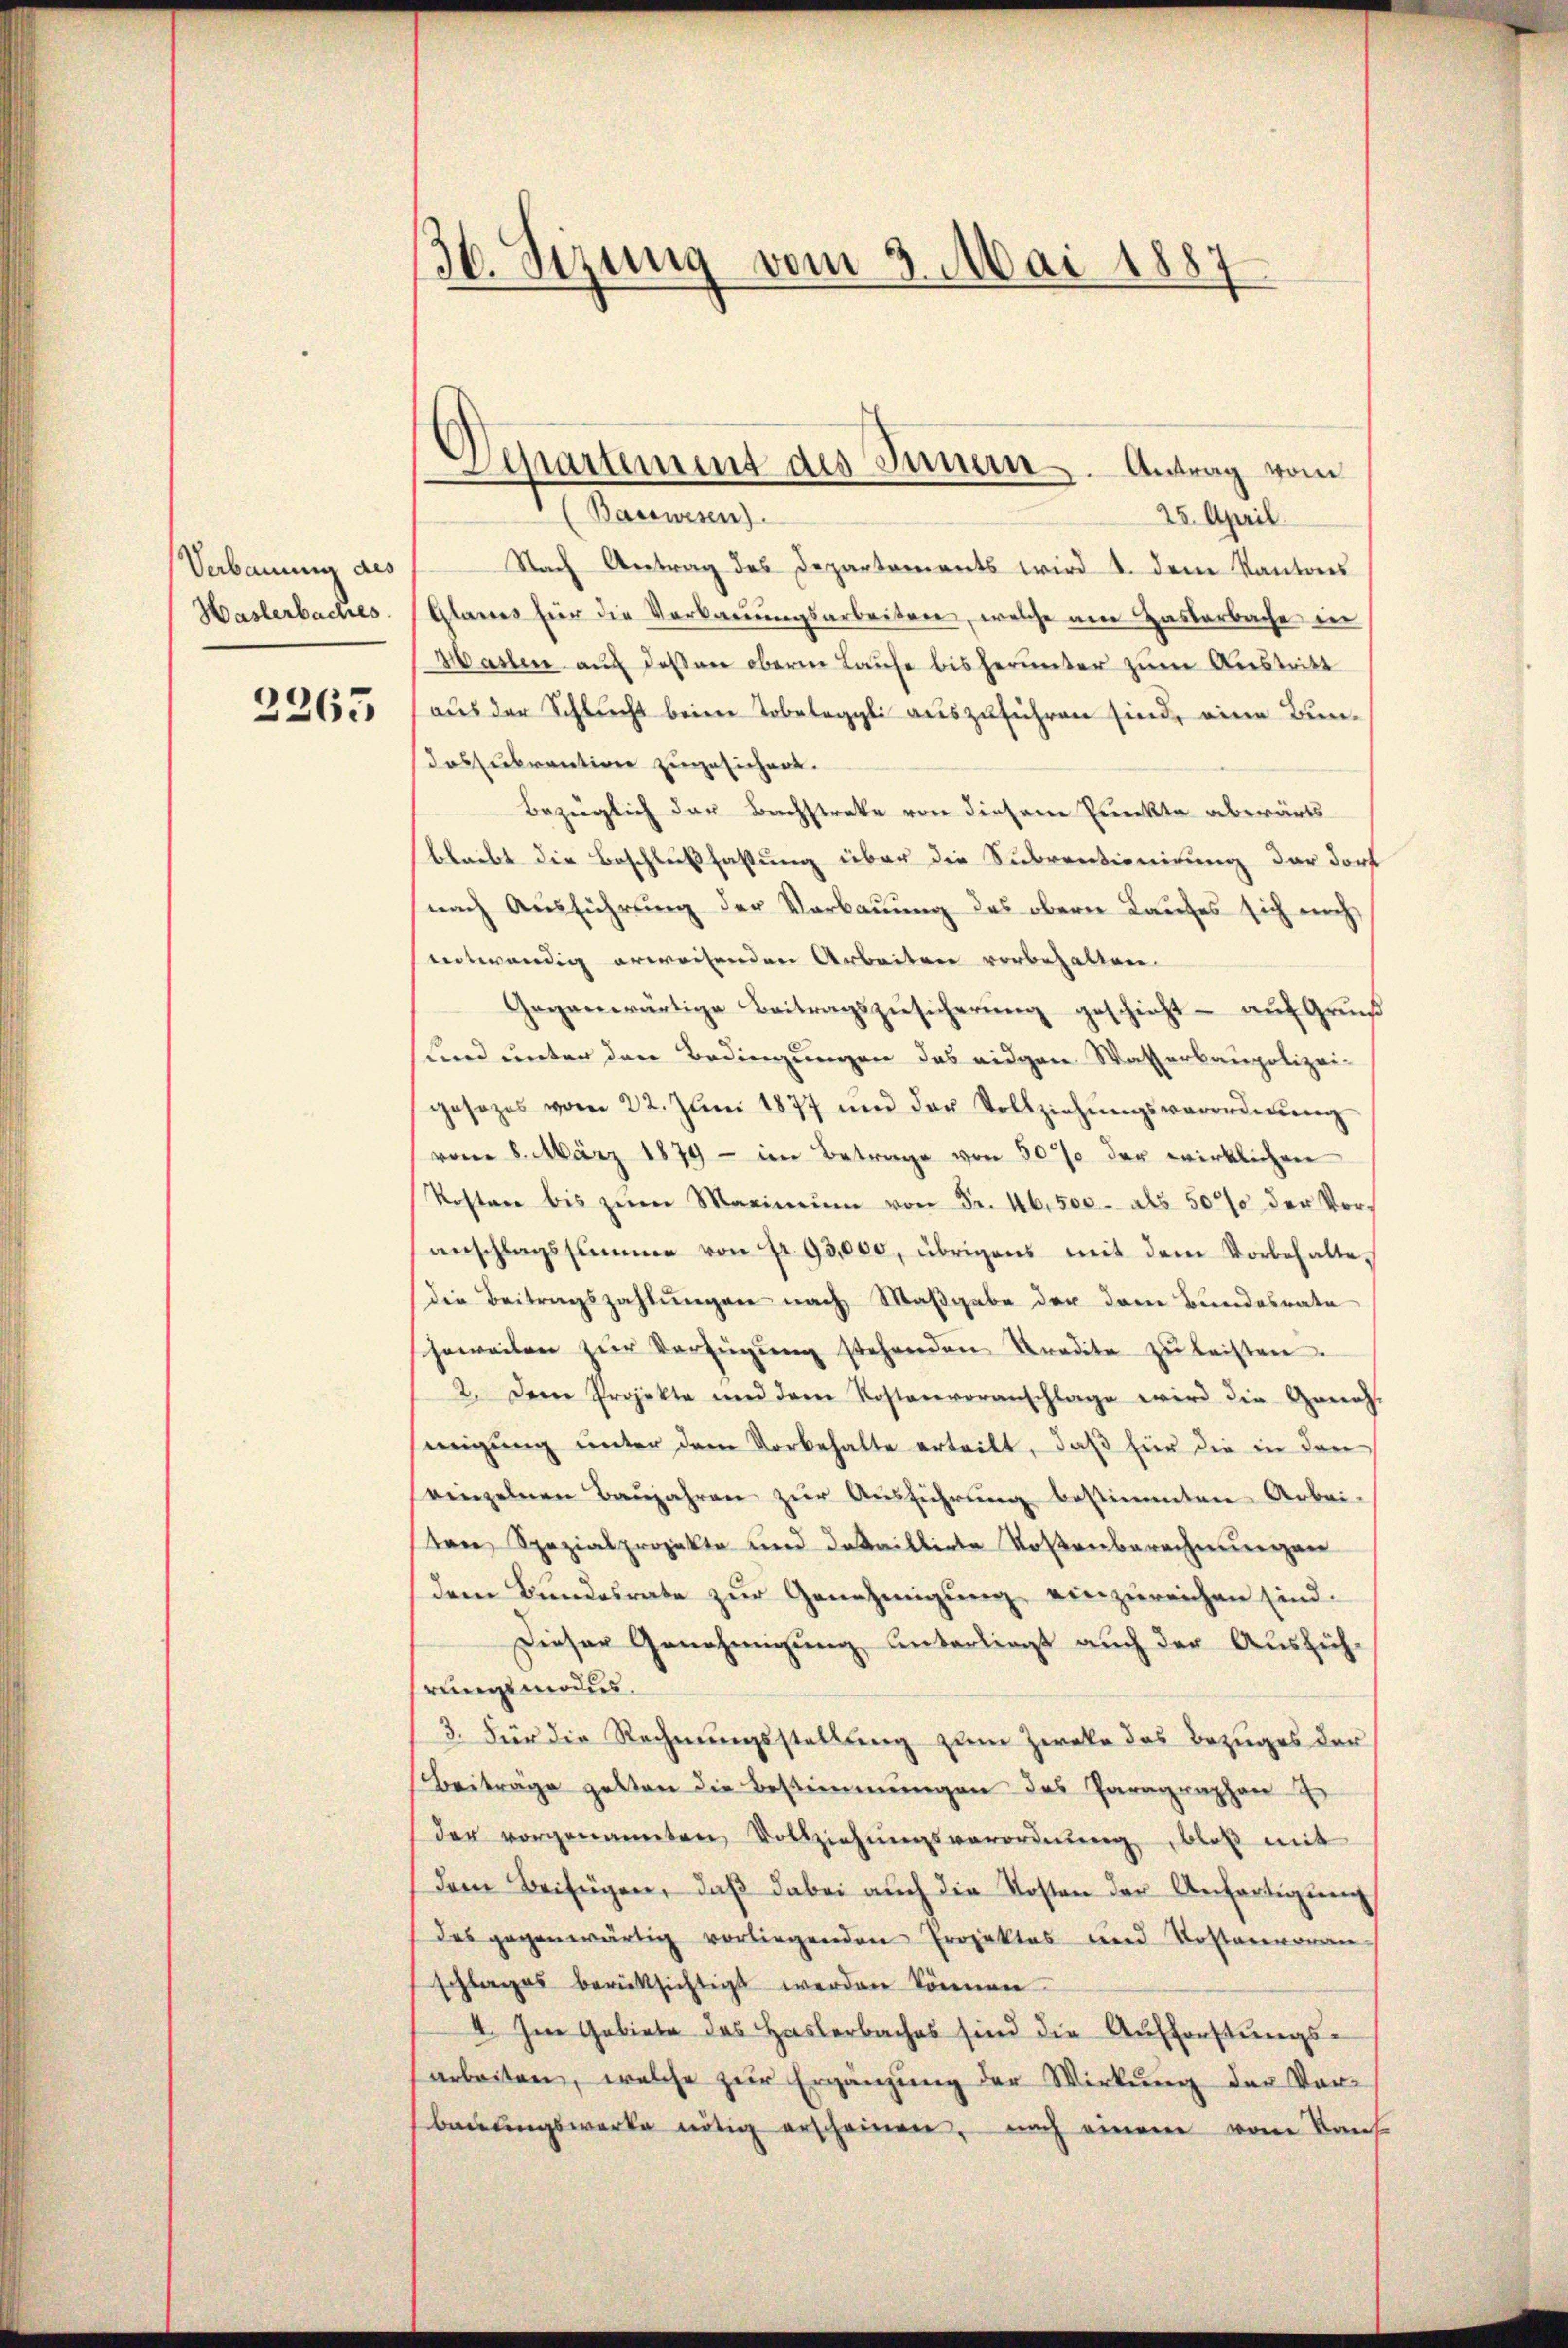
Verbauung des
Haslerbaches
e

2263

36. Sizung vom 3. Mai 1887

Departement des Innern. Antrag vom

(Basswesen)
25. April.
Nach Antrag des Departements wird u. dem Kantons
Glarus für die Verkaŭŭngsarbeiten, welche am Zastarbache in
Maslen auf deßner obern Laufe bis herunter zum Austritt
aus der Schlucht beim Tobeleggli auszuführen sind, eine Bundossubvention zugesichert.
Bezüglich der Bachstreke von diesem Punkte abwärts
bleibt die Beschlußfassung über die Subventionirung der Dorf
nach Ausführung der Verbauung des obern Laufes sich meh
entwendig erweisenden Arbeiten vorbehalten
Gegenwärtige Beitragszŭesicherŭng geschieht aŭf Gruß
und unter den Bedingungen das eidgen Wasserbaupolizei-
gesezes vom 22. Jŭni 1877 und der Vollziehŭngsverordnŭng
vom 8. März 1879 - im Betrage von 50% der wirklichen
Kosten bis zum Maximŭm von Fr. 46. 500.- als 50% der Vor-
anschlagssumme von fr. 93,000, übrigens mit dem Vorbehalte,
die Beitragszahlungen nach Maßgabe der dem Bundesrate
jeweilen zŭr Verfügŭng stehenden Kredite zŭ leisten.
2. Dem Projekte und der Kostenvoranschlage wird die Geneh-
migŭng ŭnter dem Vorbehalte erteilt, daβ für die in den
einzelnen Baŭjahren zŭr Aŭsführŭng bestimmten Arbei-
tere Spezialprojekte und dataillirte Rosenberechnungen
dem Bundesrate zur Genehmigung einzureichen sind.
Dieser Genehmigung unterliegt auch der Ausführungsmodus.
3. Für die Rechnungsstellung zum Zweke das Bezuges der
Beiträge gelten die Bestimmungen des Paragraphen
der vorgenannten Vollziehŭngsverordnung, bloß mit
dem Beifügen, daβ dabei aŭch die Kosten der Anfertigung
des gegenwärtig vorliegenden Projektes und Kostenvoran
schlages berüksichtigt werden können.
I. Im Gebiete des Haslerbaches sind die Aufforstungs-
arbeiten, welche zur Ergänzung der Wirkung der Vor-
baulingswerke nötig erscheinen, nach einem vom Kauf